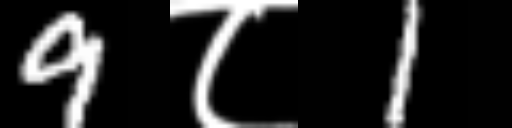
Text: 9८1